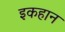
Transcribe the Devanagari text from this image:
इकहान